Bréfritari: Sigríður Pálsdóttir
Viðtakandi: Páll Pálsson
Dagsetning: A-1849-03-12
Skrifað á: Hraungerði  Árn.
Páll var bróðir Sigríðar

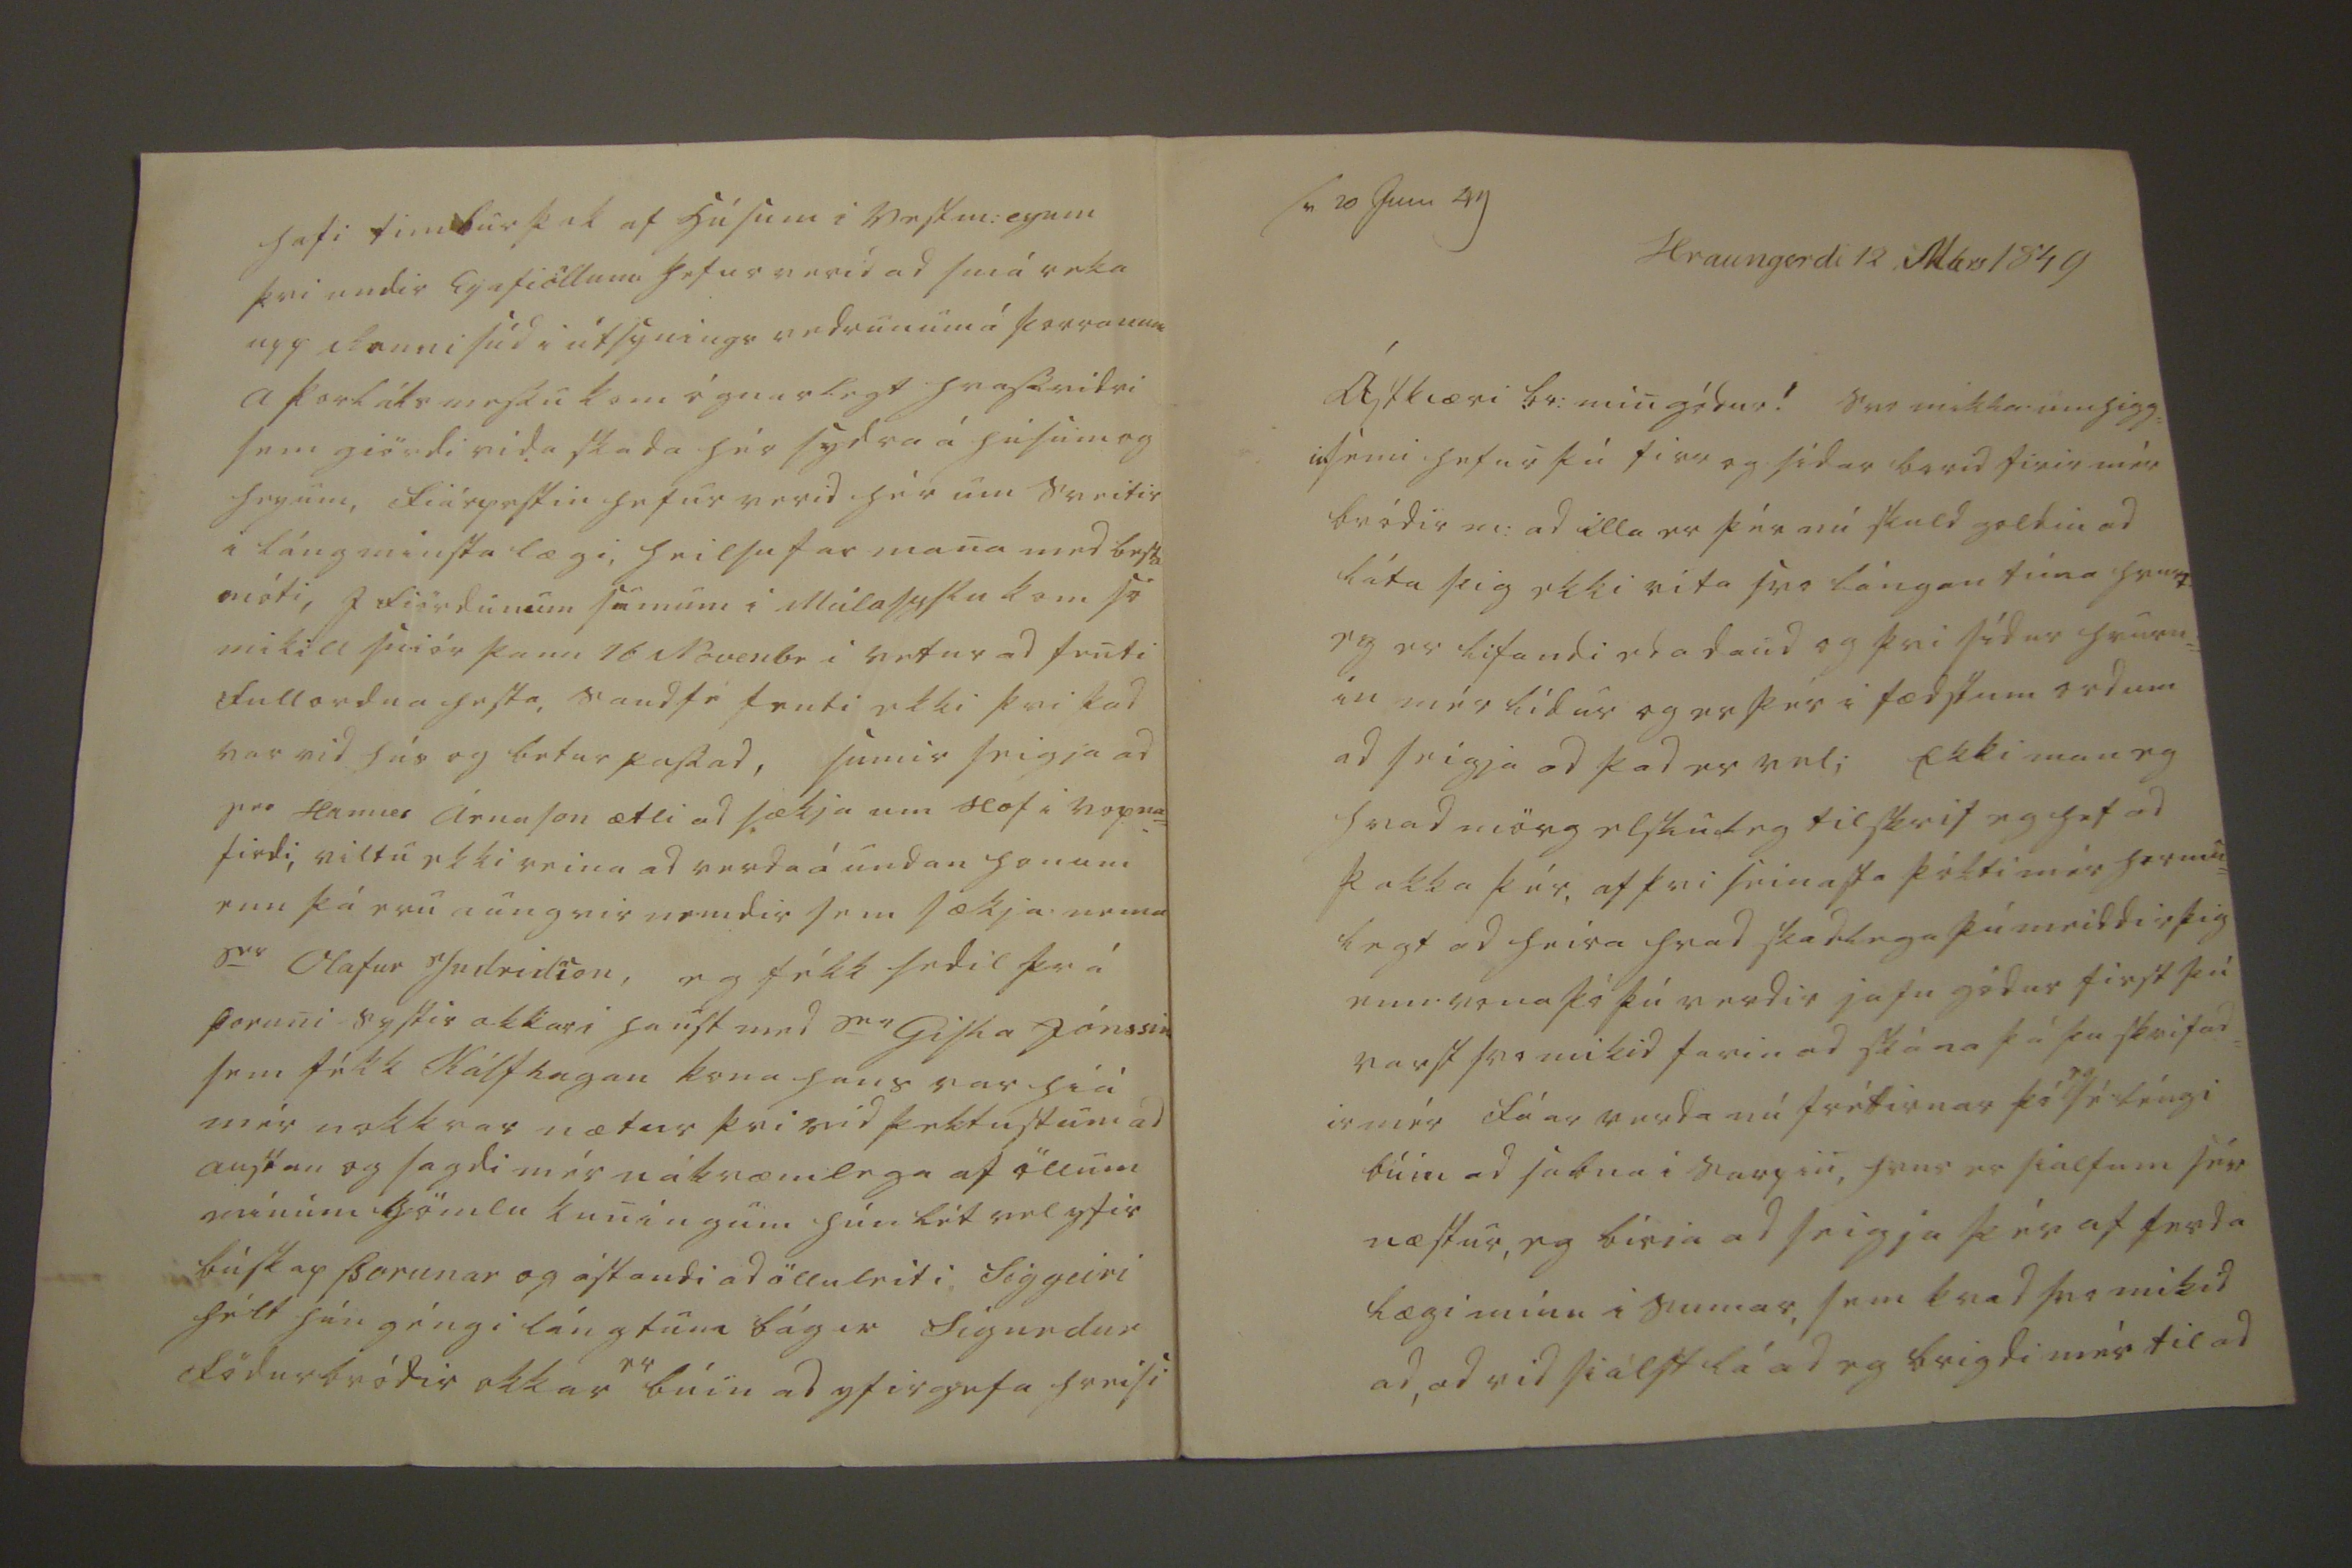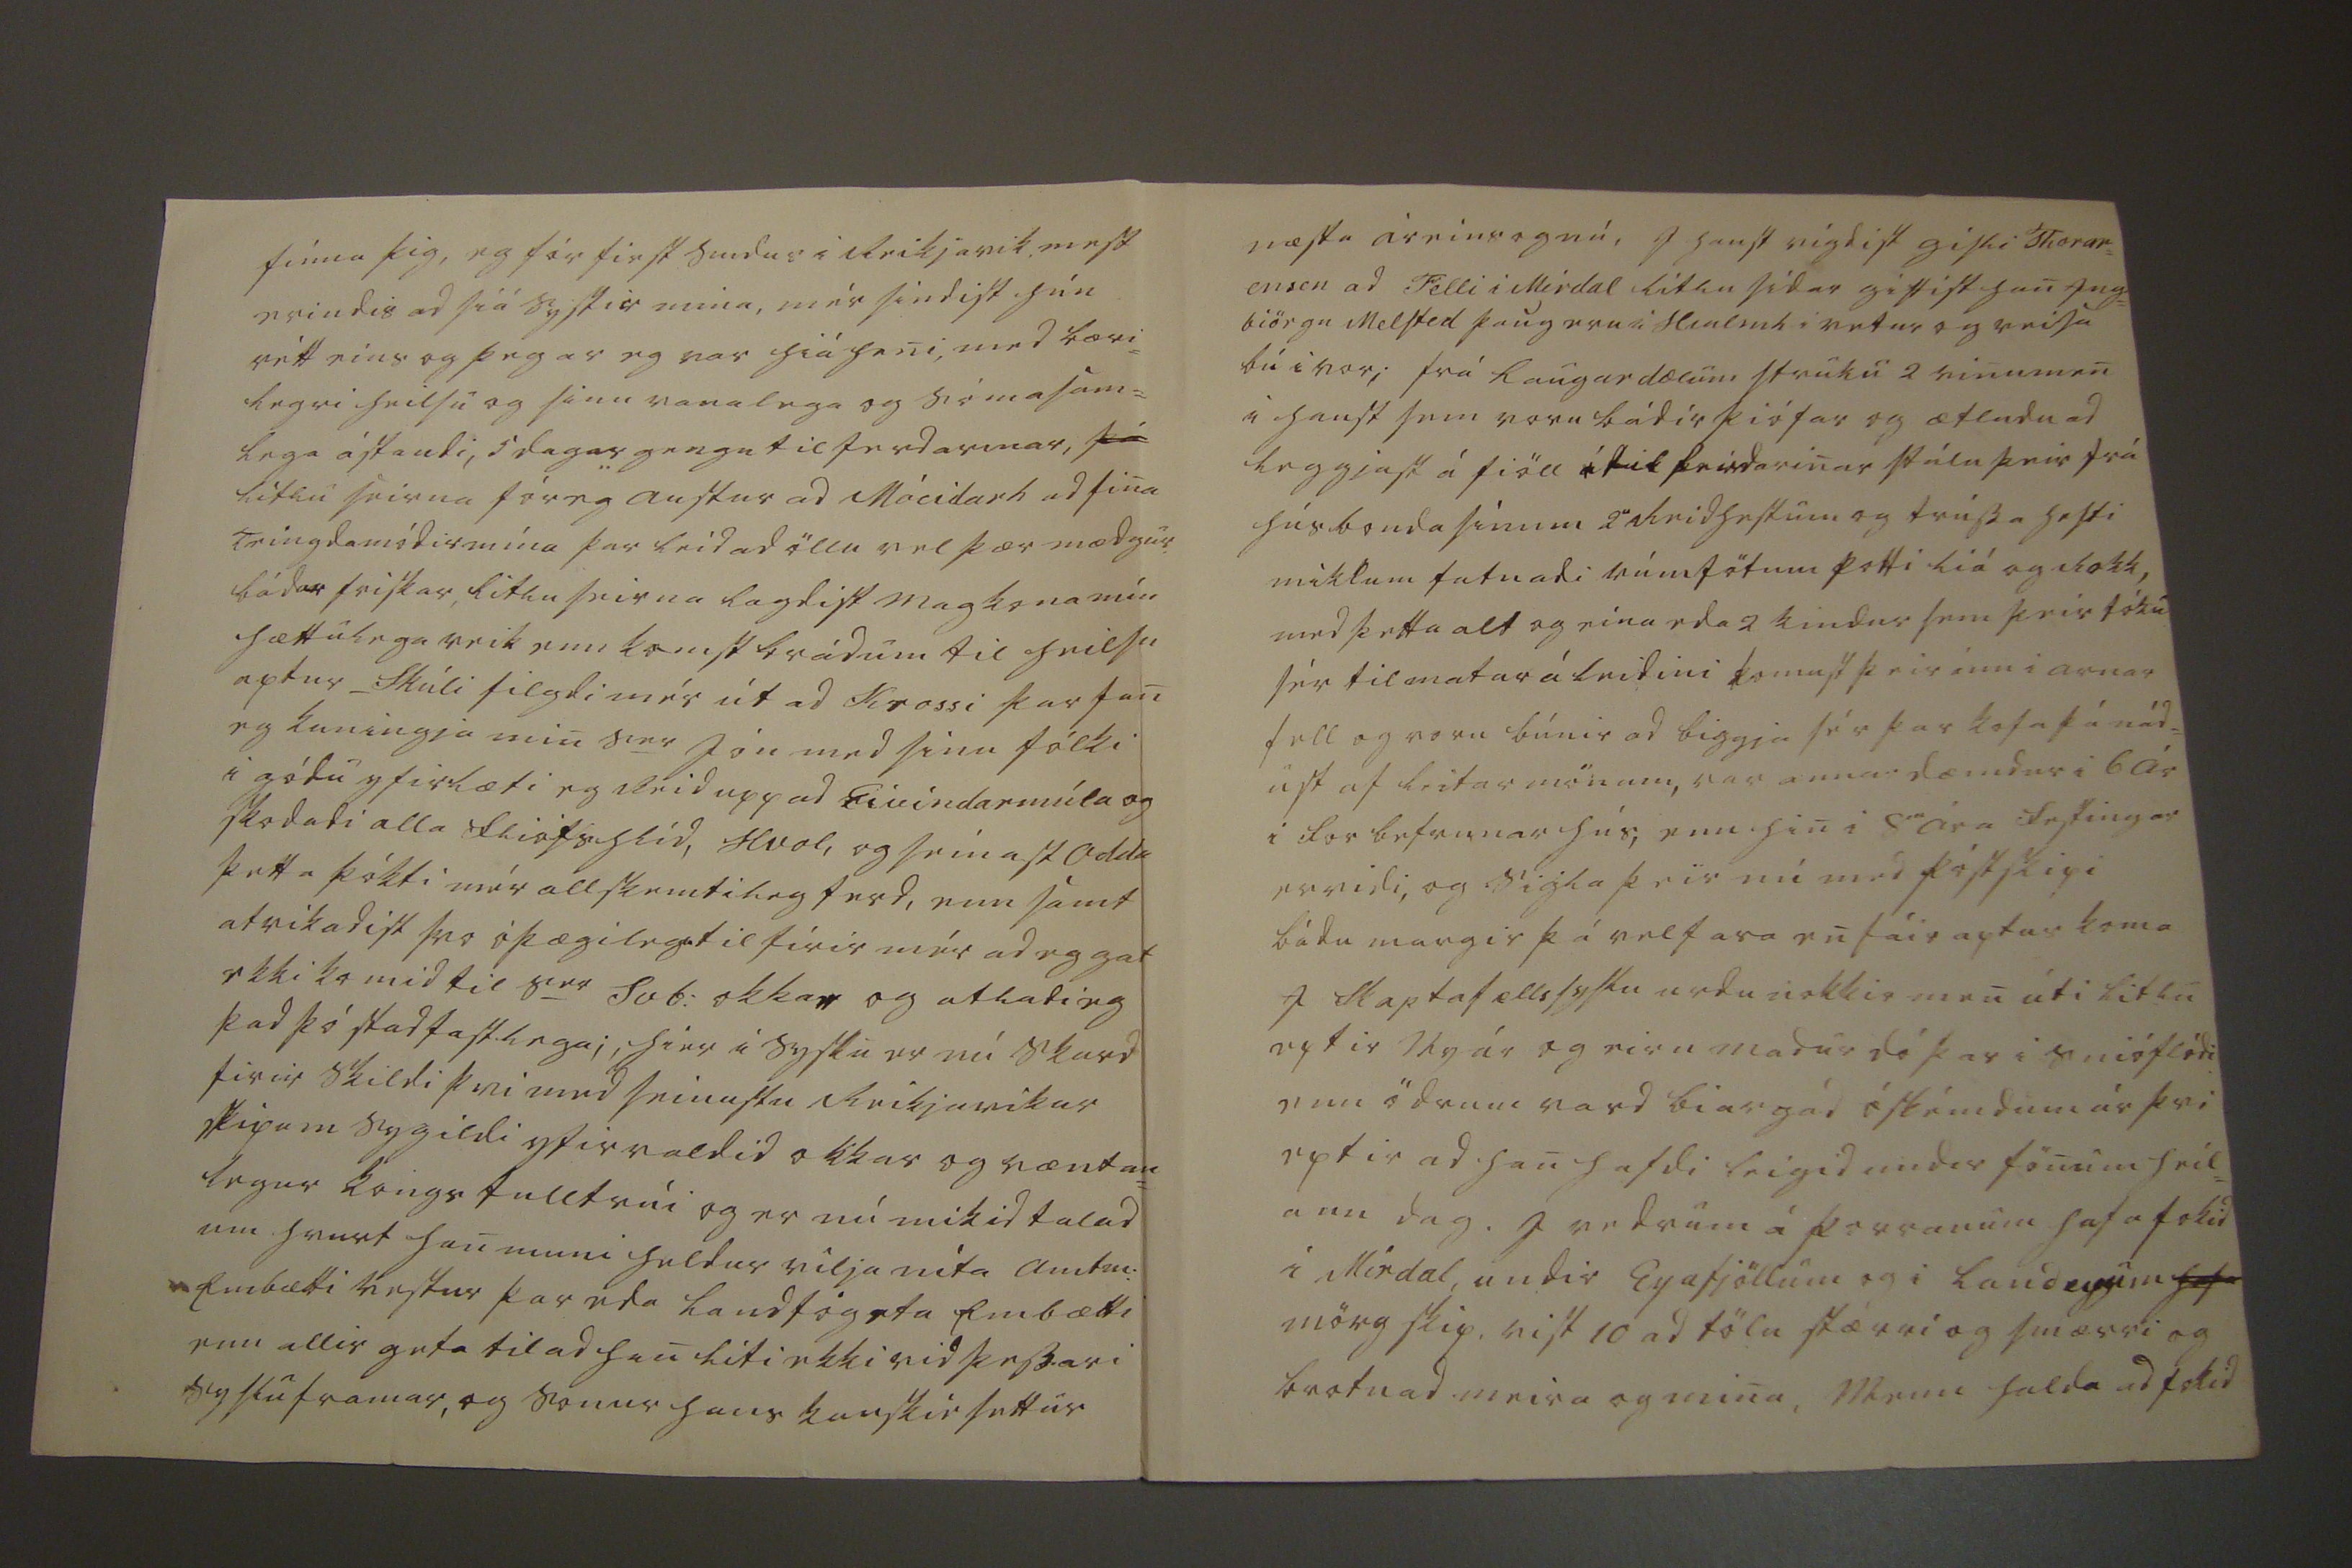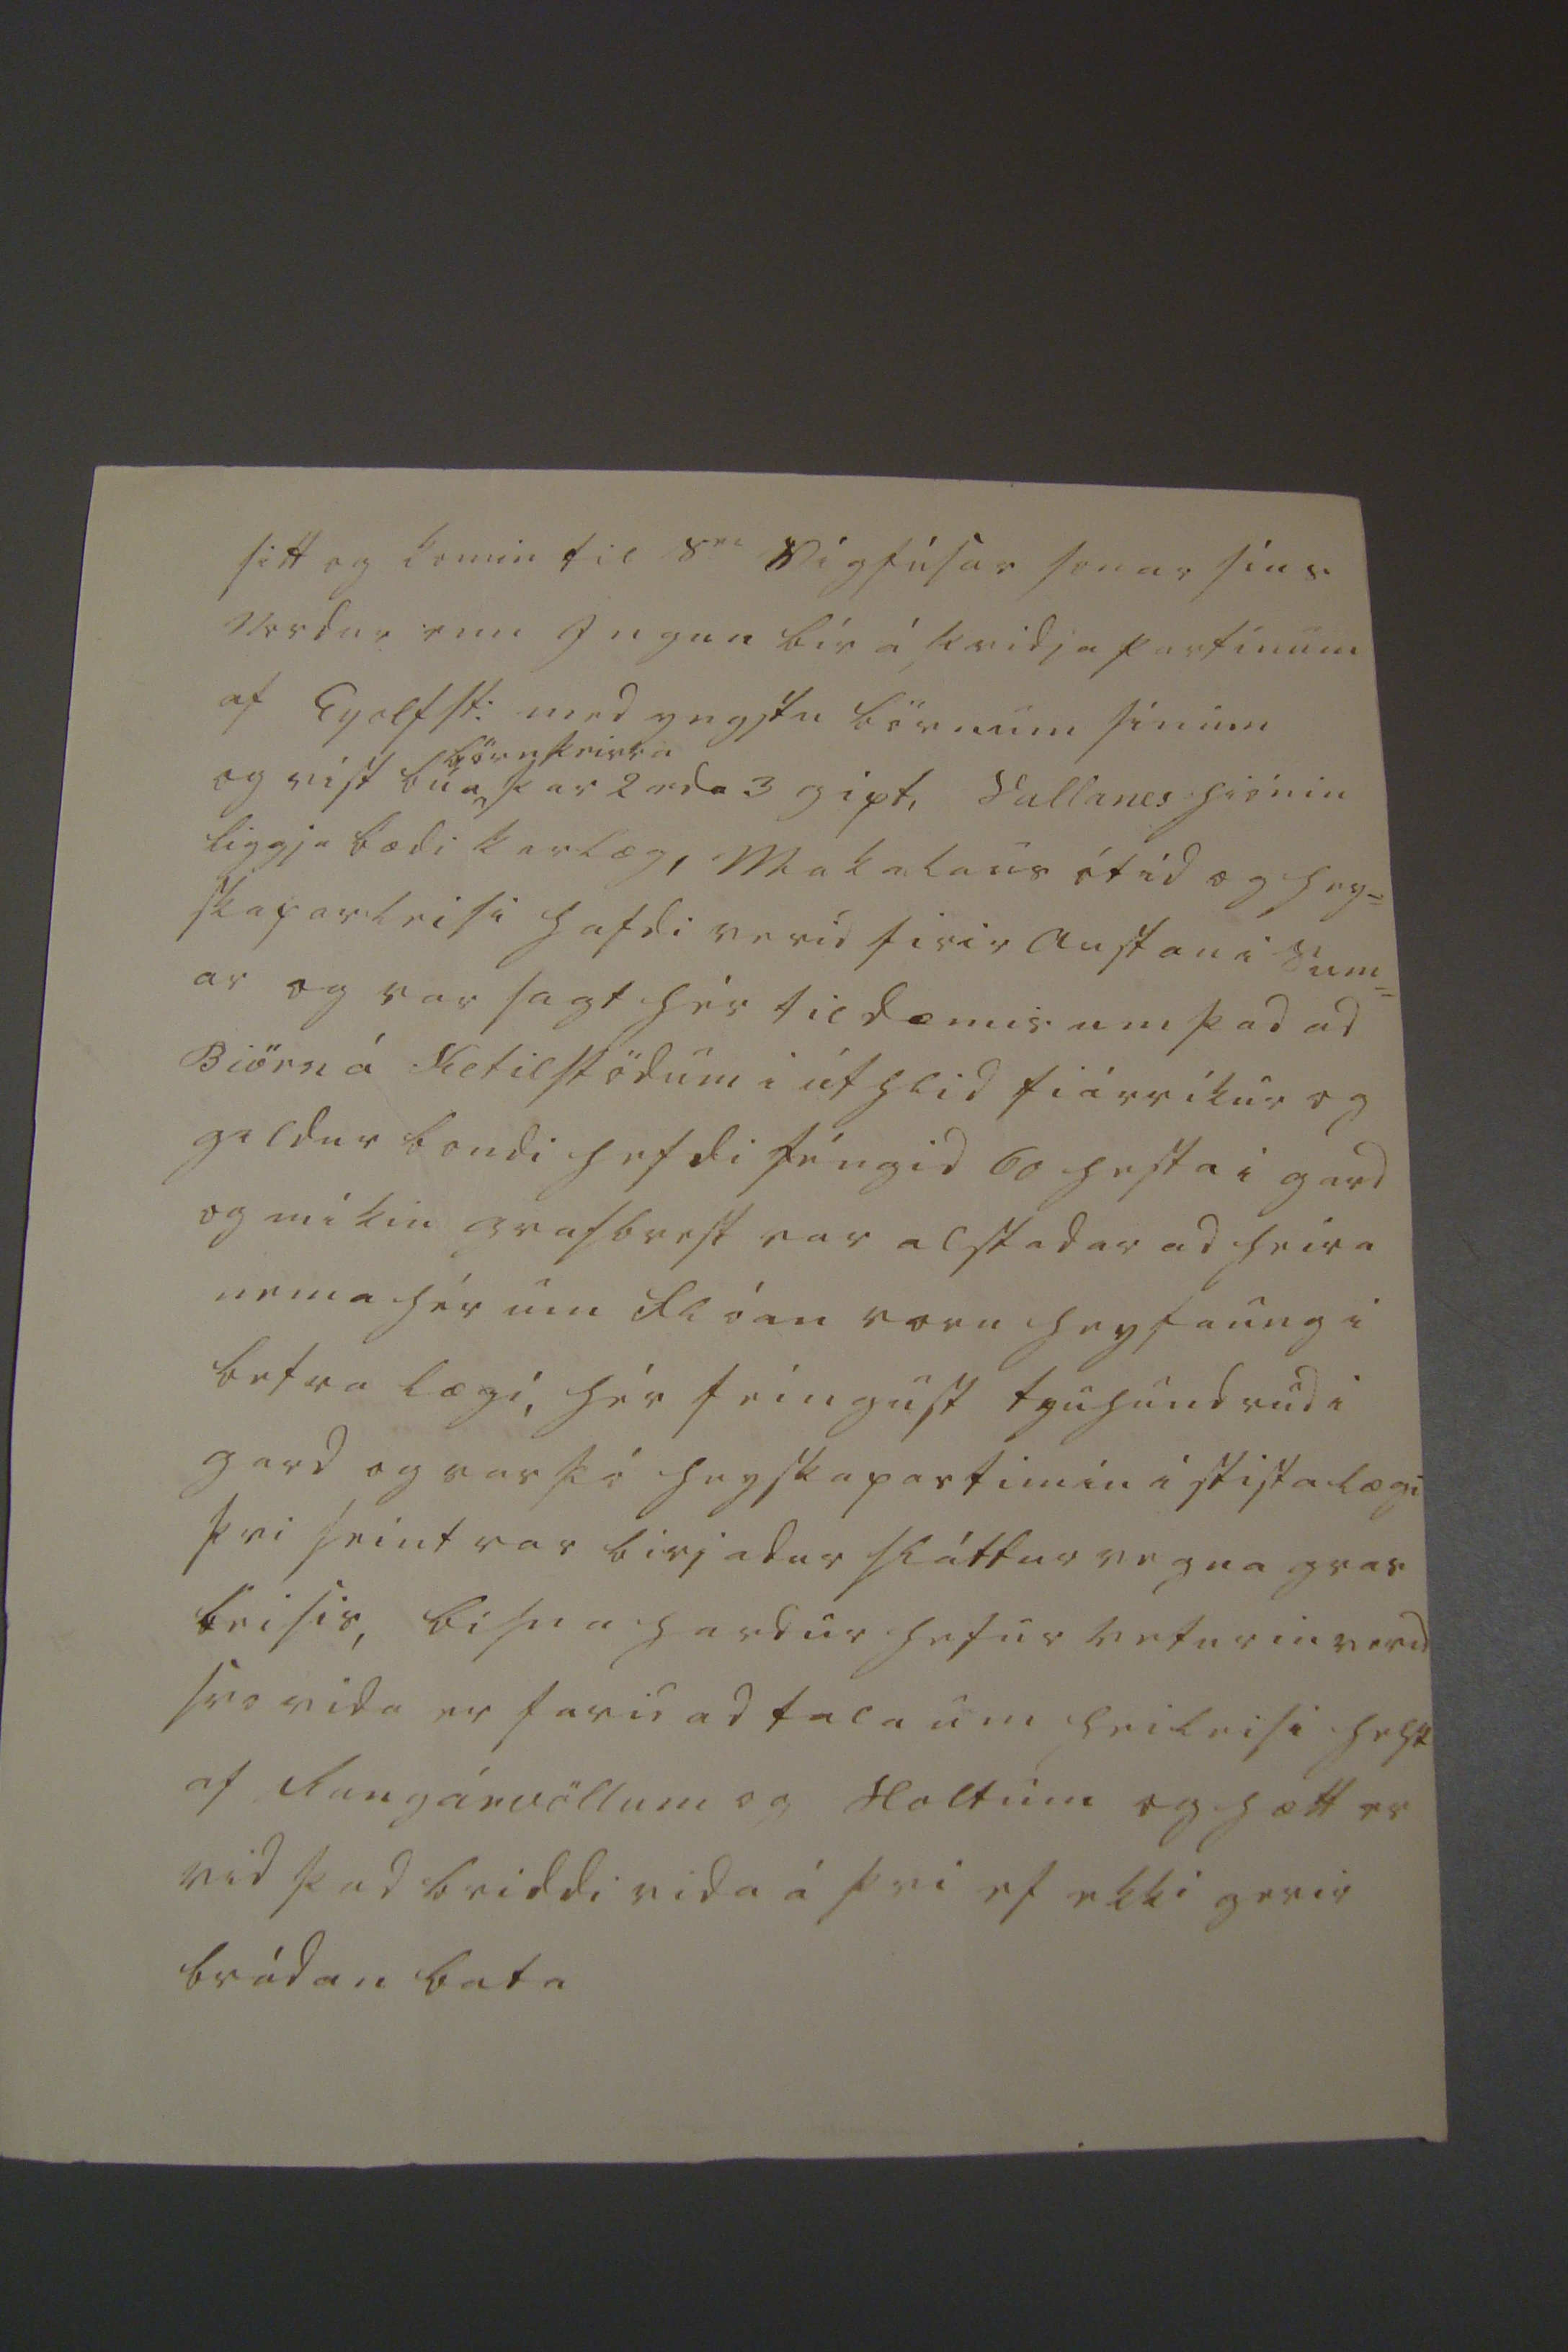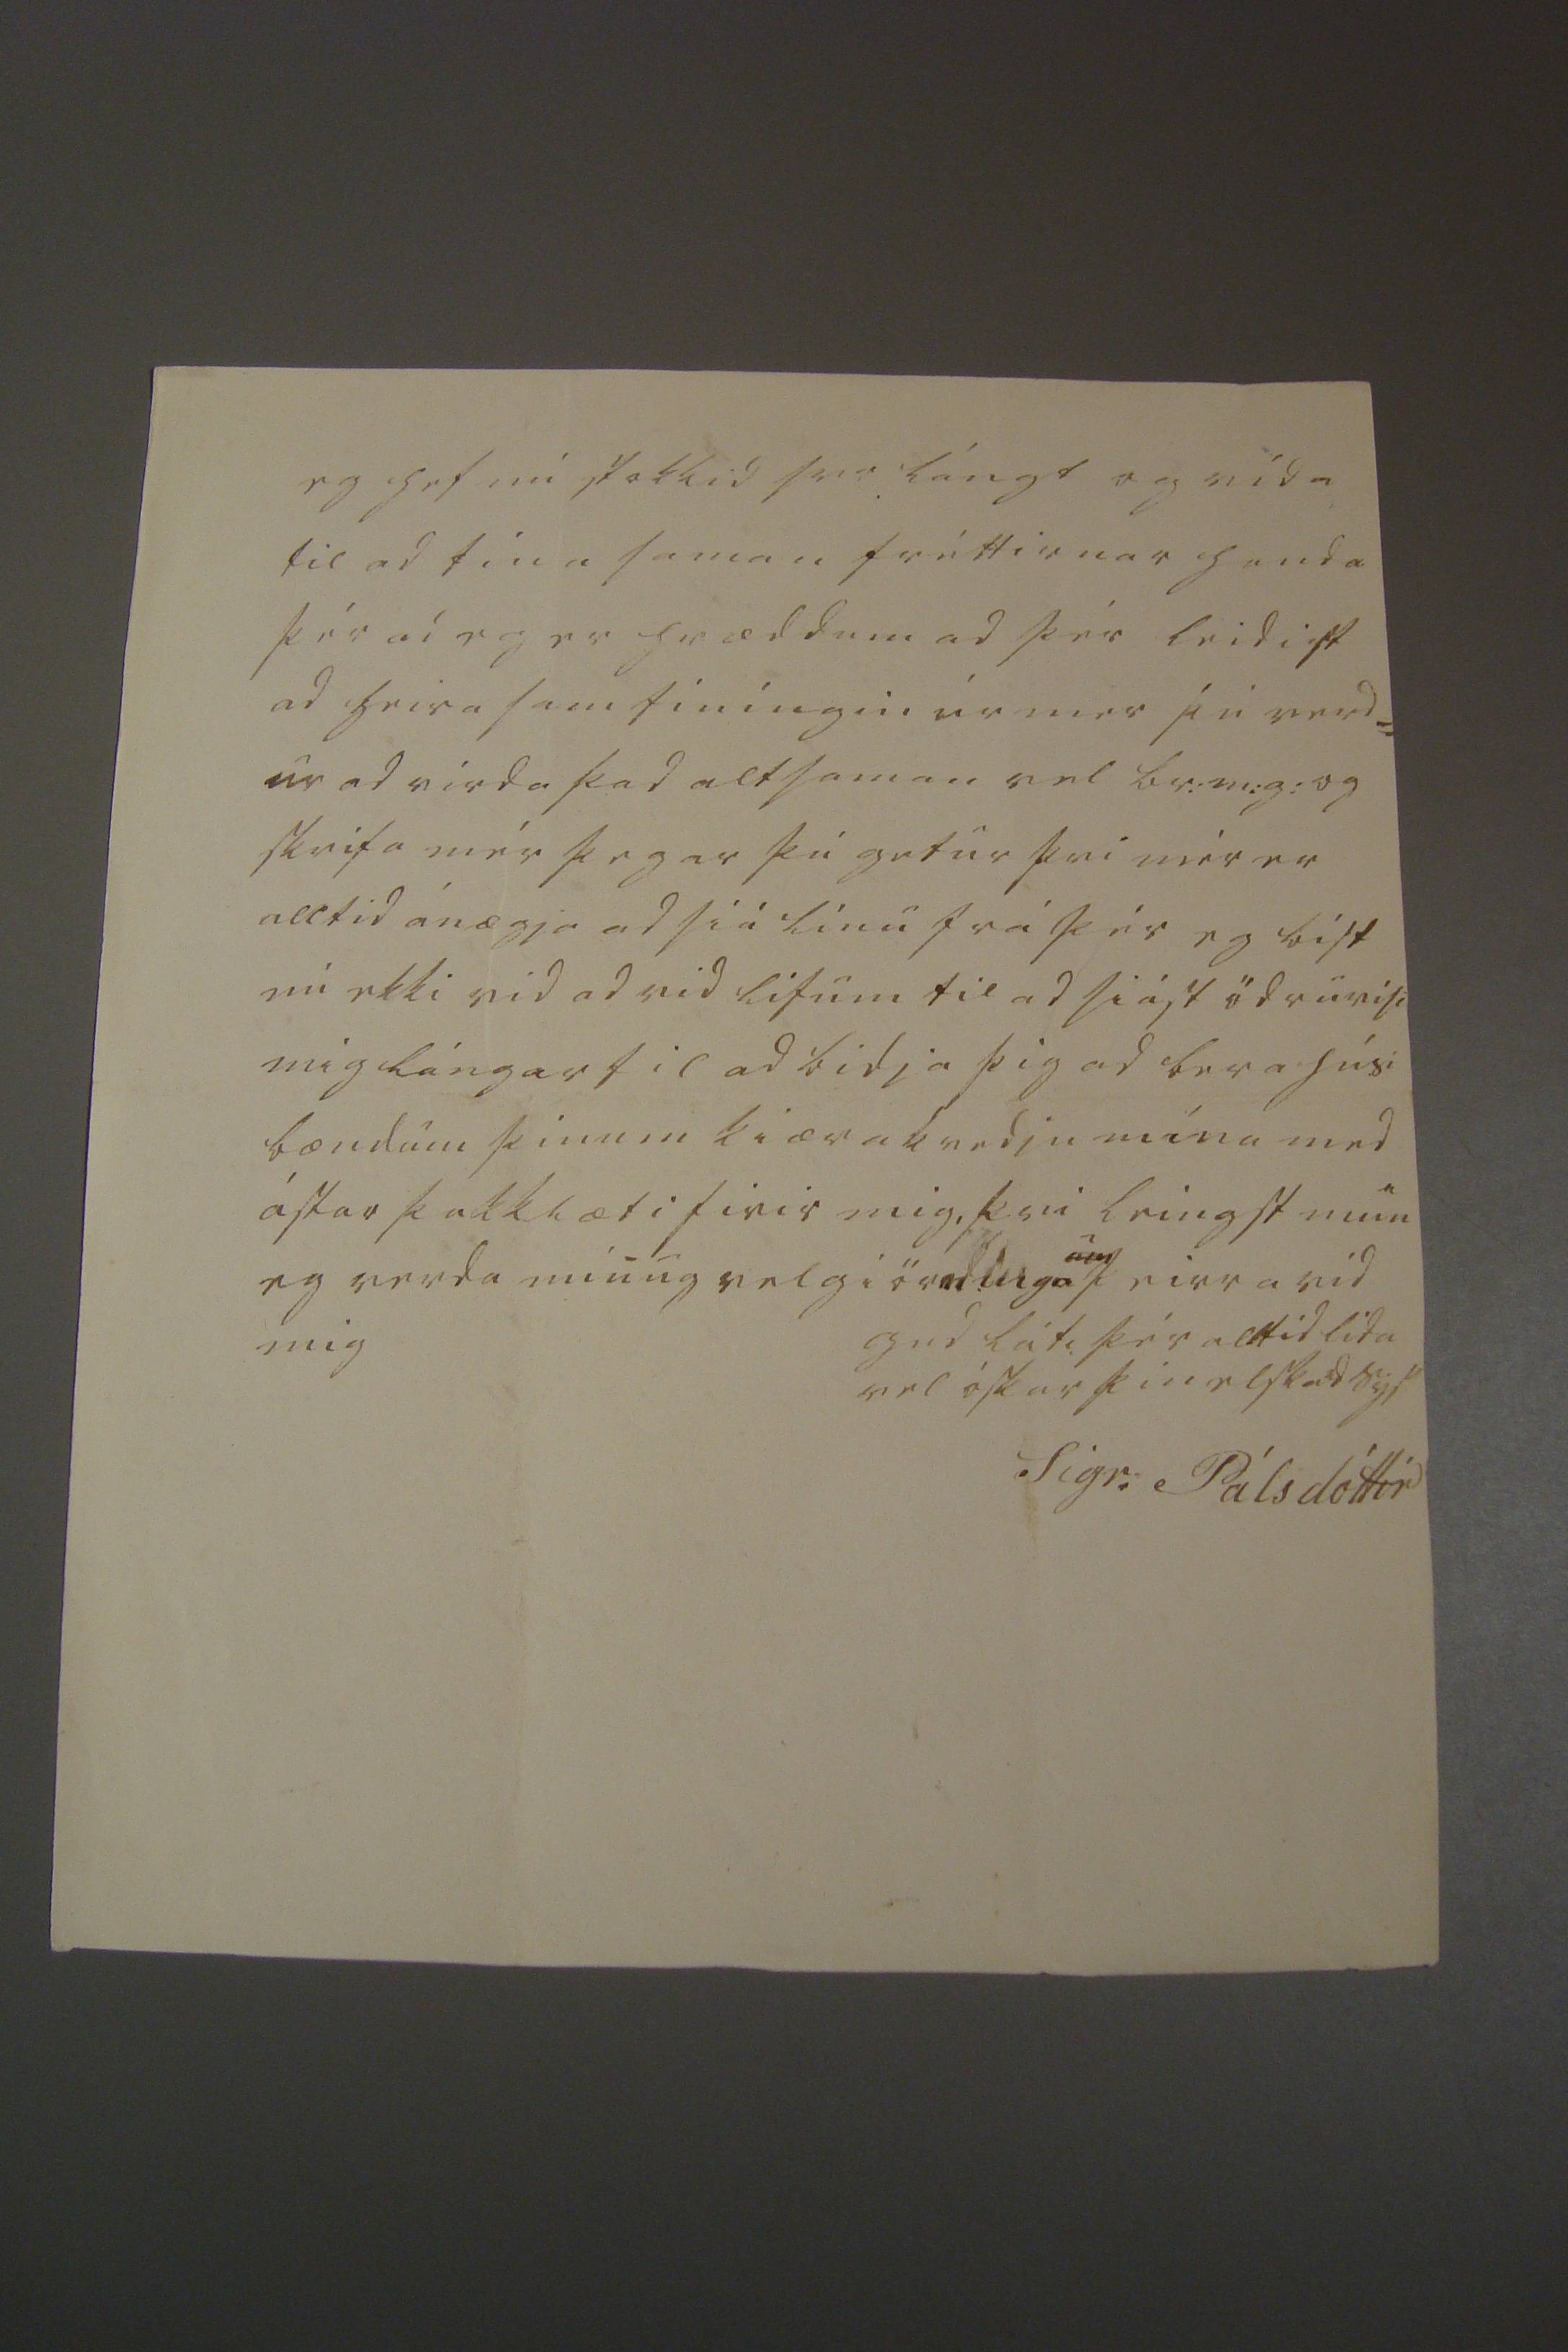

sv 20 Juni 49
Hraungerdi 12 mars 1849
ástkiæri br: min gódur! Svo mikla umhigg= iusemi hefur þú firr og sídar borid firir mér bródir m: ad illa er þér nú skuld goldin ad láta þig ekki rita svo lángan tíma hvurt eg er lifandi eda daud og þvi sídur hvurn= in mér lídur og er þér i fædstum ordum ad seigja ad þad er vel: Ekki man eg hvad mörg elskuleg tilskrif eg hef ad þakka þér, af þvi seinasta þókti mér hormu= legt ad heira hvad skadlega þú meiddir þig enn vona þó þú verdir jafn gódur first þú varst svo mikid farin ad skána þá þu skrifad= ir mér Fáar verda nú fréttirnar þó
eg
sé léngi búin ad sakna i Sarpin, hvur er sialfum sér næstur, eg birja ad seigja þér af ferda lægi mínu i sumar, sem kvad svo mikidad ad vid siálft lá ad eg brigdi mér til ad
finna þig, eg fór first Sudur i Reikjavik, mest erindis ad siá systir mina, mér sindist hún rétt eins og þegar eg var hiá heni, med bæri= legu heilsu og sinu vanalega og sómasam= lega ástandi, 5 dagar gengu til ferdarinar,
þá
litlu seirna fór eg austur ad Móeidarh ad fina Teingdamódir mína þar leid ad öllu vel þær mædgur bádar friskar, litlu seirna lagdist Magkona mín hættulega veik enn komst brádum til heilsu aptur_ Skúli filgdi mér út ad Krossi þar fan eg kuningja min S
er
Jón med sinu fólki i gódu yfirlæti eg Reid upp ad Ei
v
indarmúla og skodadi alla Fliotshlíd, Hvol, og seinast Odda þetta þókti mér allskemtileg ferd, enn samt atvikadist svo óþægilega til firir mér ad eg gat ekki komid til S
er
Svb: okkar og atladi eg þad þó stadfastlega; hier i syslu er nú skard firir skildi þvi med seinustu Reikjavikur skipum sygildi yfirvaldid okkar og væntan= legur kongs fulltrúi og er nú mikid talad um hvurt han muni heldur vilja nita Amtm: Embætti vestur þar eda landfógeta Embætti enn allir geta til ad han liti ekki vid þessari syslu framar, og sonur hans kanskie settur
næsta ár eins og nú, I haust vígdist gisli Thorar= ensen ad Felli i Mirdal litlu sídar giftist han Ing= biörgu Melsted þaug eru i Hialmh i vetur og reisa bú i vor; frá Laugardælum struku 2 vinumen i haust sem voru bádir þiófar og ætludu ad leggjast á fiöll
i til ferd
arinar stálu þeir frá húsbonda sínum 2
u
Reidhestum og trússa hesti miklum fatnadi rúmfötum potti liá og Rokk, med þetta alt og eina eda 2 kindur sem þeir tóku sér til matar á leidini komust þeir inn i arnar fell og voru búnir ad biggja sér þar kofa þá nád= ust af leitar mönum, var annar dæmdur i 6 ár i forbetrunar hús, enn hin i 8
00
ára festingar ervidi, og sigla þeir nú med póstskipi bádu margir þá velfara en fáir aptur koma I skaptafellssyslu urdu nokkir men úti litlu eptir Nyár og eirn madur dó þar i snióflódi enn ödrum vard biargad óskémdum úr þvi eptir ad han hafdi leigid undir fönum heil= ann dag. I vedrum á þorranum hafa fokid i Mirdal, undir Eyafjöllum og i landeyum
hef0
mörg skip, vist 10 ad tölu stærri og smærri og brotnad meira og mina, Menn halda ad fokid
hafi timbur þak af húsum i Vestm:eyum þvi undir Eyafiöllum hefur verid ad smá reka upp Rennisúd i útsynings vedrunum á þorranum a þorláksmessu kom ógnarlegt hvassvidri sem giördi vída skada hér sydra á húsinu og heyum, Fiárpestin hefur verid hér um sveitir i lángminsta lægi, heilsufar mana med besta móti, I fiördunum
s0mum
i Múlasyslu kom so mikill sniór þann 16 Novenbr i vetur ad fenti fullordna hesta, saudfé fenti ekki þvi þad var vid hús og betur passad, sumir seigja ad
ser
Hannes Árnason ætli ad sækja um Hof i vopna= firdi, viltu ekki reina ad verda á undan honum enn þá eru aungvir nemdir sem sækja nema S
er
Olafur Indridason, eg fékk sedil frá Þoruni systir okkar i haust med S
er
Gisla jónssini sem fékk Kálfhagan kona hans var hiá mér nokkrar nætur þvi vid þektustum ad austan og sagdi mér nákvæmlega af öllum mínum hömlu kuningum hún let vel yfir búskap Þorunar og ástandi ad ölluleiti, Siggeiri hélt hún géngi lángtum bágar Sigurdur födurbródir okkar
er
búin ad yfirgefa hreisi
sitt og komin til S
er
Vigfúsar sonar síns Nordur enn Ingun bír á Þridja partinum af Eyolfst: med yngstu börnum sínum og víst búa
börn þeirra
þar 2 eda 3 gipt, Vallanes hiónin liggja bædi
karlæg
Makalaus ótíd og hey= skaparleisi hafdi verid firir austan i sum= ar og var sagt hér til dæmis um þad ad Biörn á Ketilstödum i úthlid firárríkur og geldur bondi hefdi féngid 60 hesta i gard og mikin grafbrest var alstadar ad heira nema hér um Flóan voru heyfaung i betra lægi, hér feingust tyuhundrud i gard og var þó heyskapartimin i stista lægi þvi seint var birjadur sláttur vegna gras leisis, bisna hardur hefur veturin verid svo vida er farid ad tala um heileisi helst af Rangárvöllum og Holtum og hætt er vid þad beiddi vida á þvi ef ekki gerir brádan bata
eg hef nú stokkid svo lángt og vída til ad tína saman fréttirnar handa þér ad eg er hræddum ad þér leidist ad heira sam tíningin úr mer þú verd= ur ad virda þad altsaman vel br:m:g: og skrifa mér þegar þú getur þvi mér er alltid ánægja ad siá línu frá þér eg bíst nú ekki vid ad vid lifum til ad siást ödruvísi mig lángar til ad bidja þig ad bera hús: bændum þinum kiæra kvedju mína med ástar þakklæti firir mig, þvi leingst mun eg verda minug velgiör
dlega
um
þeirra vid mig
gud láti þér altíd lida vel óskar þin elskad sys
Sigr. Pálsdóttir